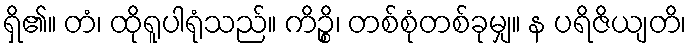
ရှိ၏။ တံ၊ ထိုရူပါရုံသည်။ ကိဉ္စိ၊ တစ်စုံတစ်ခုမျှ။ န ပရိဇိယျတိ၊